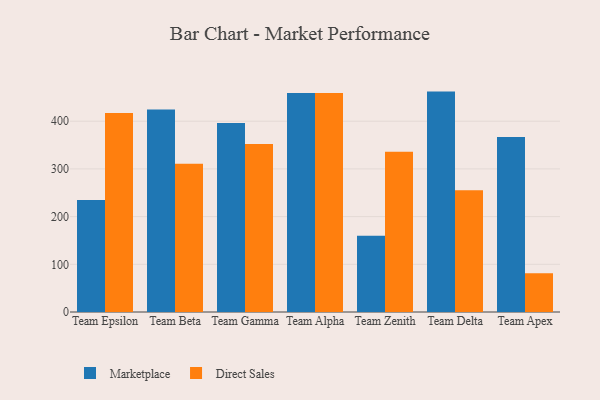
{"axis": {"x": "Team", "y": "Revenue (USD Million)"}, "legend": ["Direct Sales", "Marketplace"], "data": [{"x": "Team Epsilon", "y": 234.8, "type": "Marketplace"}, {"x": "Team Epsilon", "y": 417.1, "type": "Direct Sales"}, {"x": "Team Beta", "y": 424.8, "type": "Marketplace"}, {"x": "Team Beta", "y": 310.9, "type": "Direct Sales"}, {"x": "Team Gamma", "y": 396.5, "type": "Marketplace"}, {"x": "Team Gamma", "y": 352.4, "type": "Direct Sales"}, {"x": "Team Alpha", "y": 459.4, "type": "Marketplace"}, {"x": "Team Alpha", "y": 459.4, "type": "Direct Sales"}, {"x": "Team Zenith", "y": 160.0, "type": "Marketplace"}, {"x": "Team Zenith", "y": 335.9, "type": "Direct Sales"}, {"x": "Team Delta", "y": 462.1, "type": "Marketplace"}, {"x": "Team Delta", "y": 255.2, "type": "Direct Sales"}, {"x": "Team Apex", "y": 366.7, "type": "Marketplace"}, {"x": "Team Apex", "y": 81.3, "type": "Direct Sales"}]}